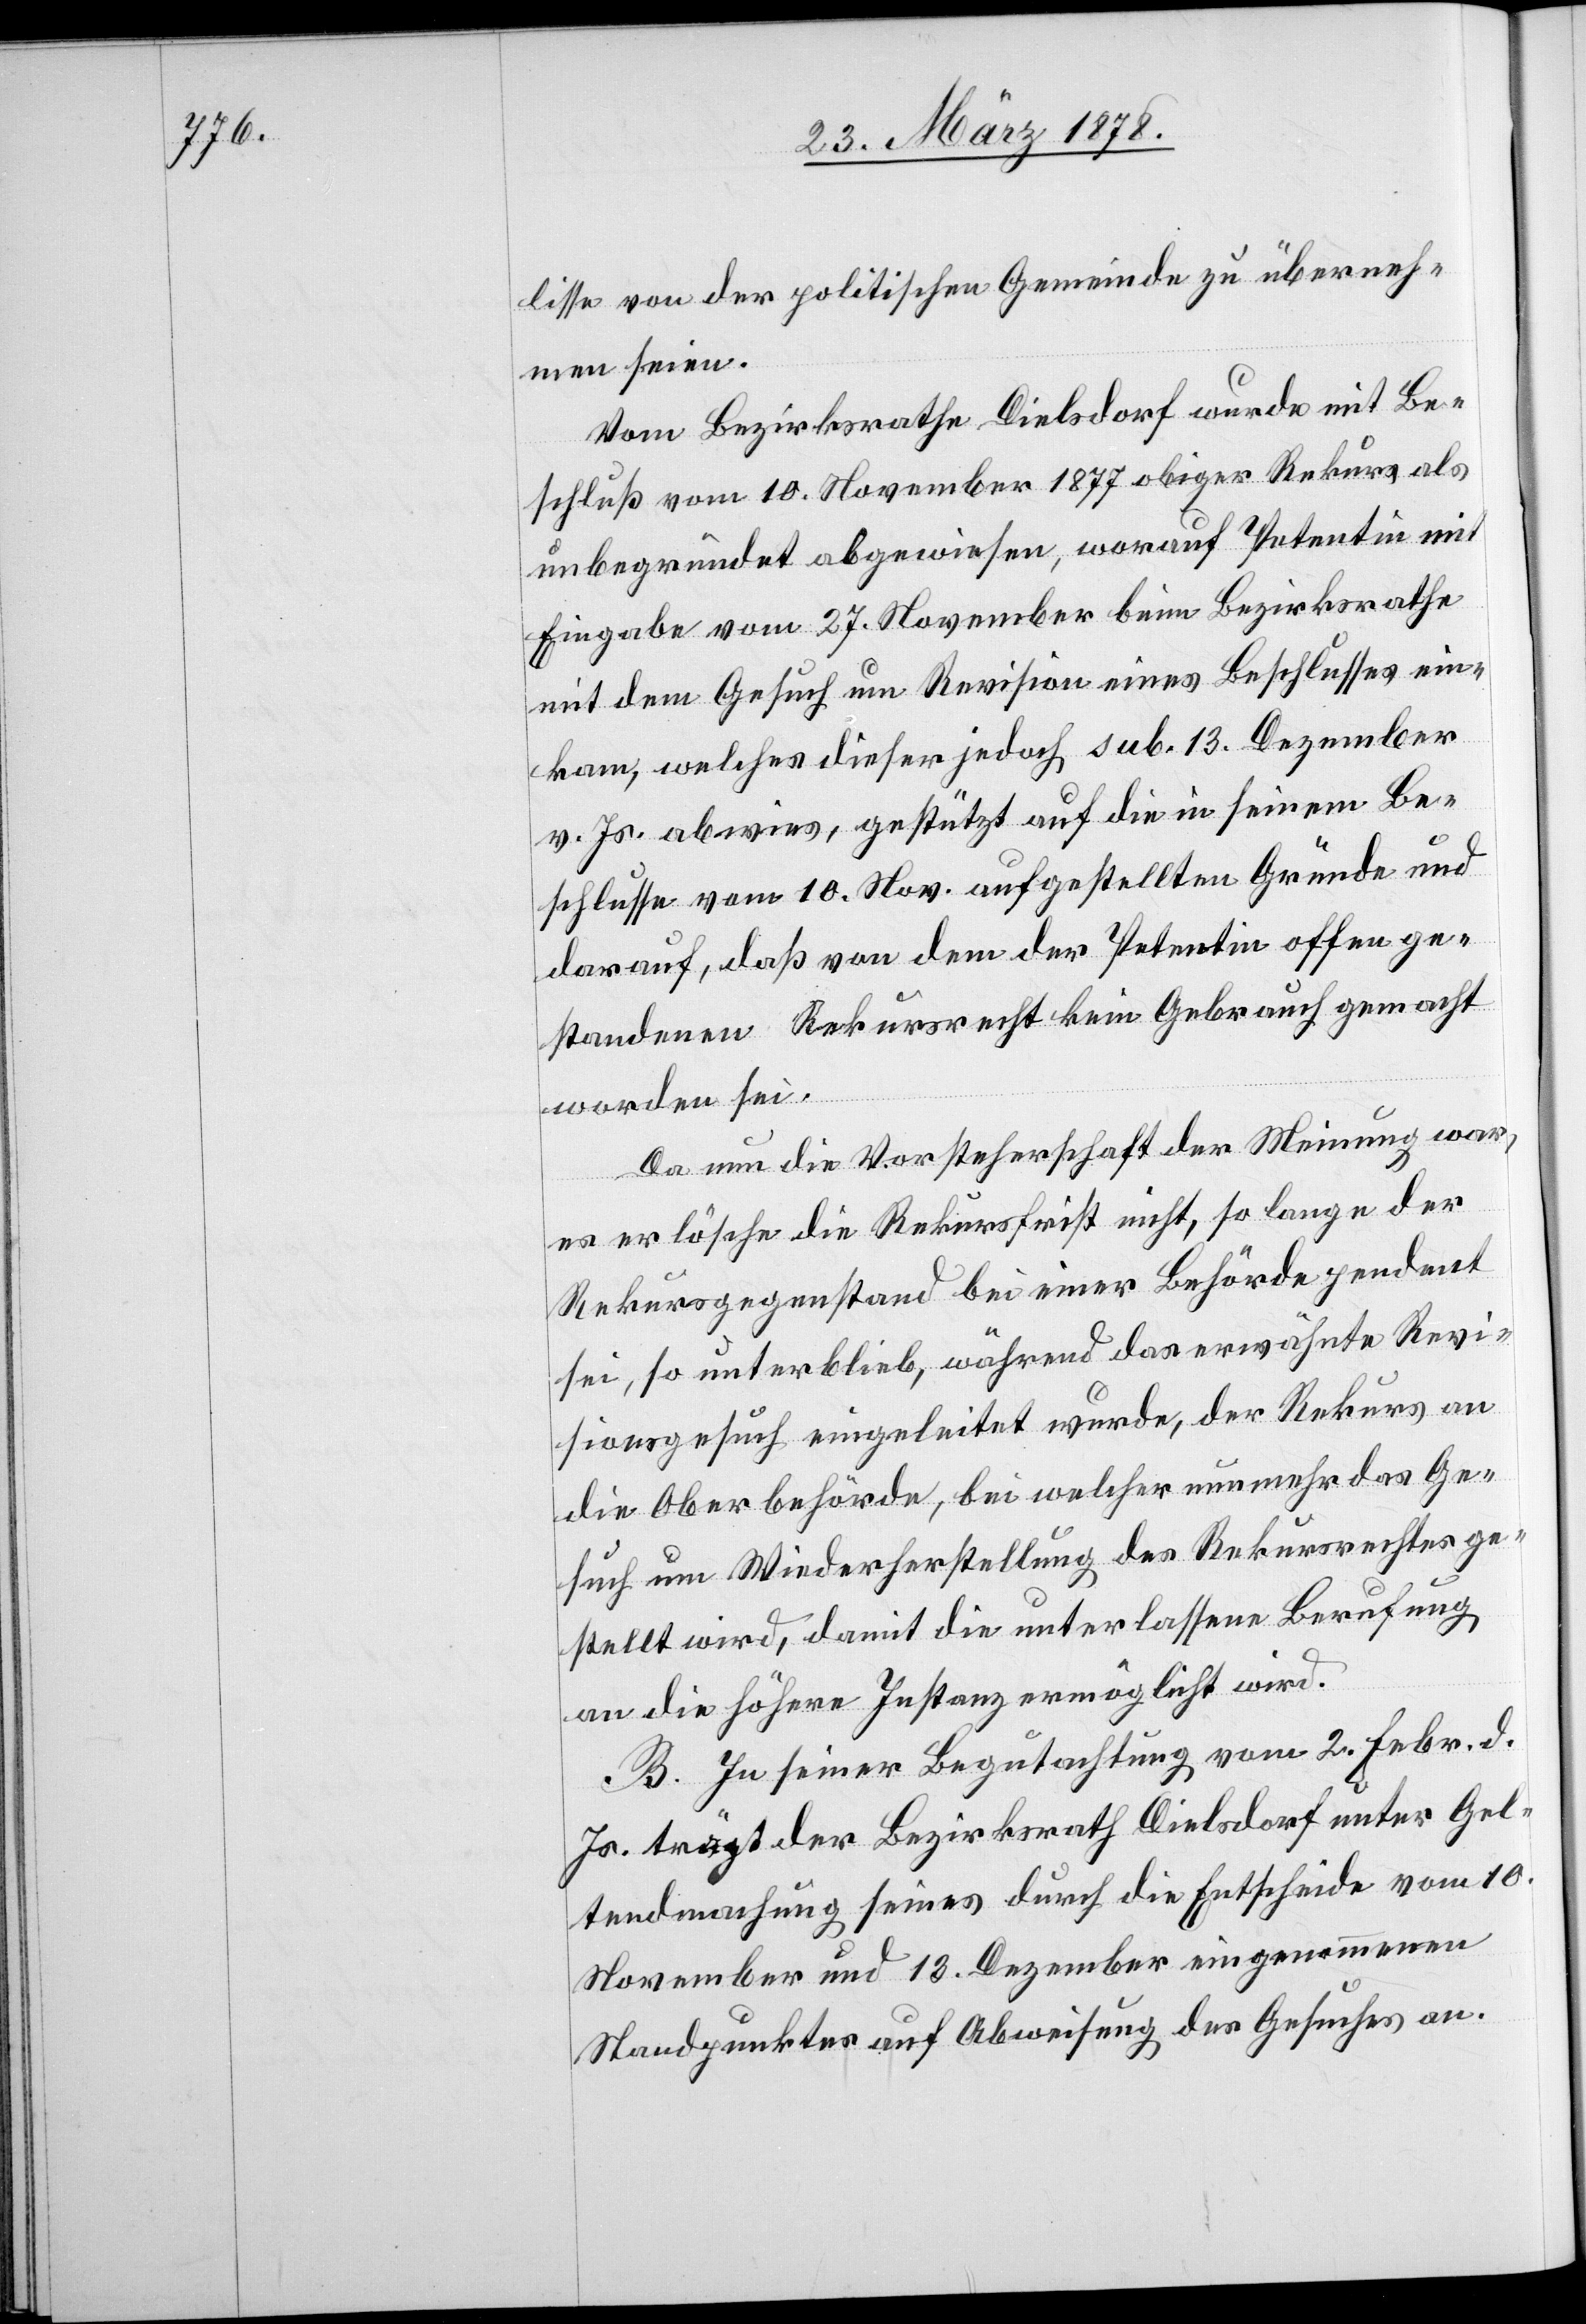
lisse von der politischen Gemeinde zu überrech¬
nen seien.
Vom Bezirksrathe Dielsdorf wurde mit Be¬
schluß vom 10. November 1877 obiger Rekurs als
unbegründet abgewiesen, worauf Petentin mit
Eingabe vom 27. November beim Bezirksrathe
mit dem Gesuch um Revision eines Beschlusses ein¬
kam, welches dieser jedoch sub. 13. Dezember
v. Js. abwies, gestützt auf die in seinem Be¬
schlusse vom 10. Nov. aufgestellten Gründe und
darauf, daß von dem der Petentin offen ge¬
standenen Rekursrecht kein Gebrauch gemacht
worden sei.
Da nun die Vorsteherschaft der Meinung war,
es erlösche die Rekursfrist nicht, so lange der
Rekursgegenstand bei einer Behörde pendent
sei, so unterblieb, während das erwähnte Revi¬
sionsgesuch eingeleitet wurde, der Rekurs an
die Oberbehörde, bei welcher nunmehr das Ge¬
such um Wiederherstellung des Rekursrechtes ge¬
stellt wird, damit die unterlassene Berufung
an die höhere Instanz ermöglicht wird.
B. In seiner Begutachtung vom 2. Febr. d.
Js. trägt der Bezirksrath Dielsdorf unter Gel¬
tendmachung seines durch die Entscheide vom 10.
November und 13. Dezember eingenommenen
Standpunktes auf Abweisung des Gesuches an.